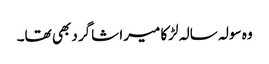
وہ سولہ سالہ لڑکا میرا شاگرد بھی تھا۔